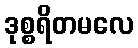
ဒုစ္စရိတမလေ